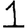
Digit: 1